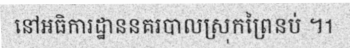
នៅអធិការដ្ឋាននគរបាលស្រុកព្រៃនប់ ។1